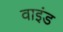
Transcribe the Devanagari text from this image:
वाइंड